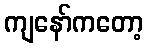
ကျနော်ကတော့